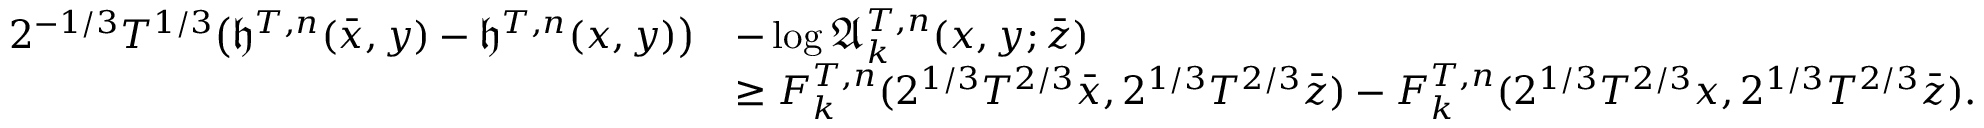
\begin{array} { r l } { 2 ^ { - 1 / 3 } T ^ { 1 / 3 } \big ( \mathfrak { h } ^ { T , n } ( \bar { x } , y ) - \mathfrak { h } ^ { T , n } ( x , y ) \big ) } & { - \log \mathfrak { A } _ { k } ^ { T , n } ( x , y ; \bar { z } ) } \\ & { \geq F _ { k } ^ { T , n } ( 2 ^ { 1 / 3 } T ^ { 2 / 3 } \bar { x } , 2 ^ { 1 / 3 } T ^ { 2 / 3 } \bar { z } ) - F _ { k } ^ { T , n } ( 2 ^ { 1 / 3 } T ^ { 2 / 3 } x , 2 ^ { 1 / 3 } T ^ { 2 / 3 } \bar { z } ) . } \end{array}